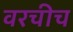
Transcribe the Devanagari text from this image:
वरचीच